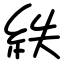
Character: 紩